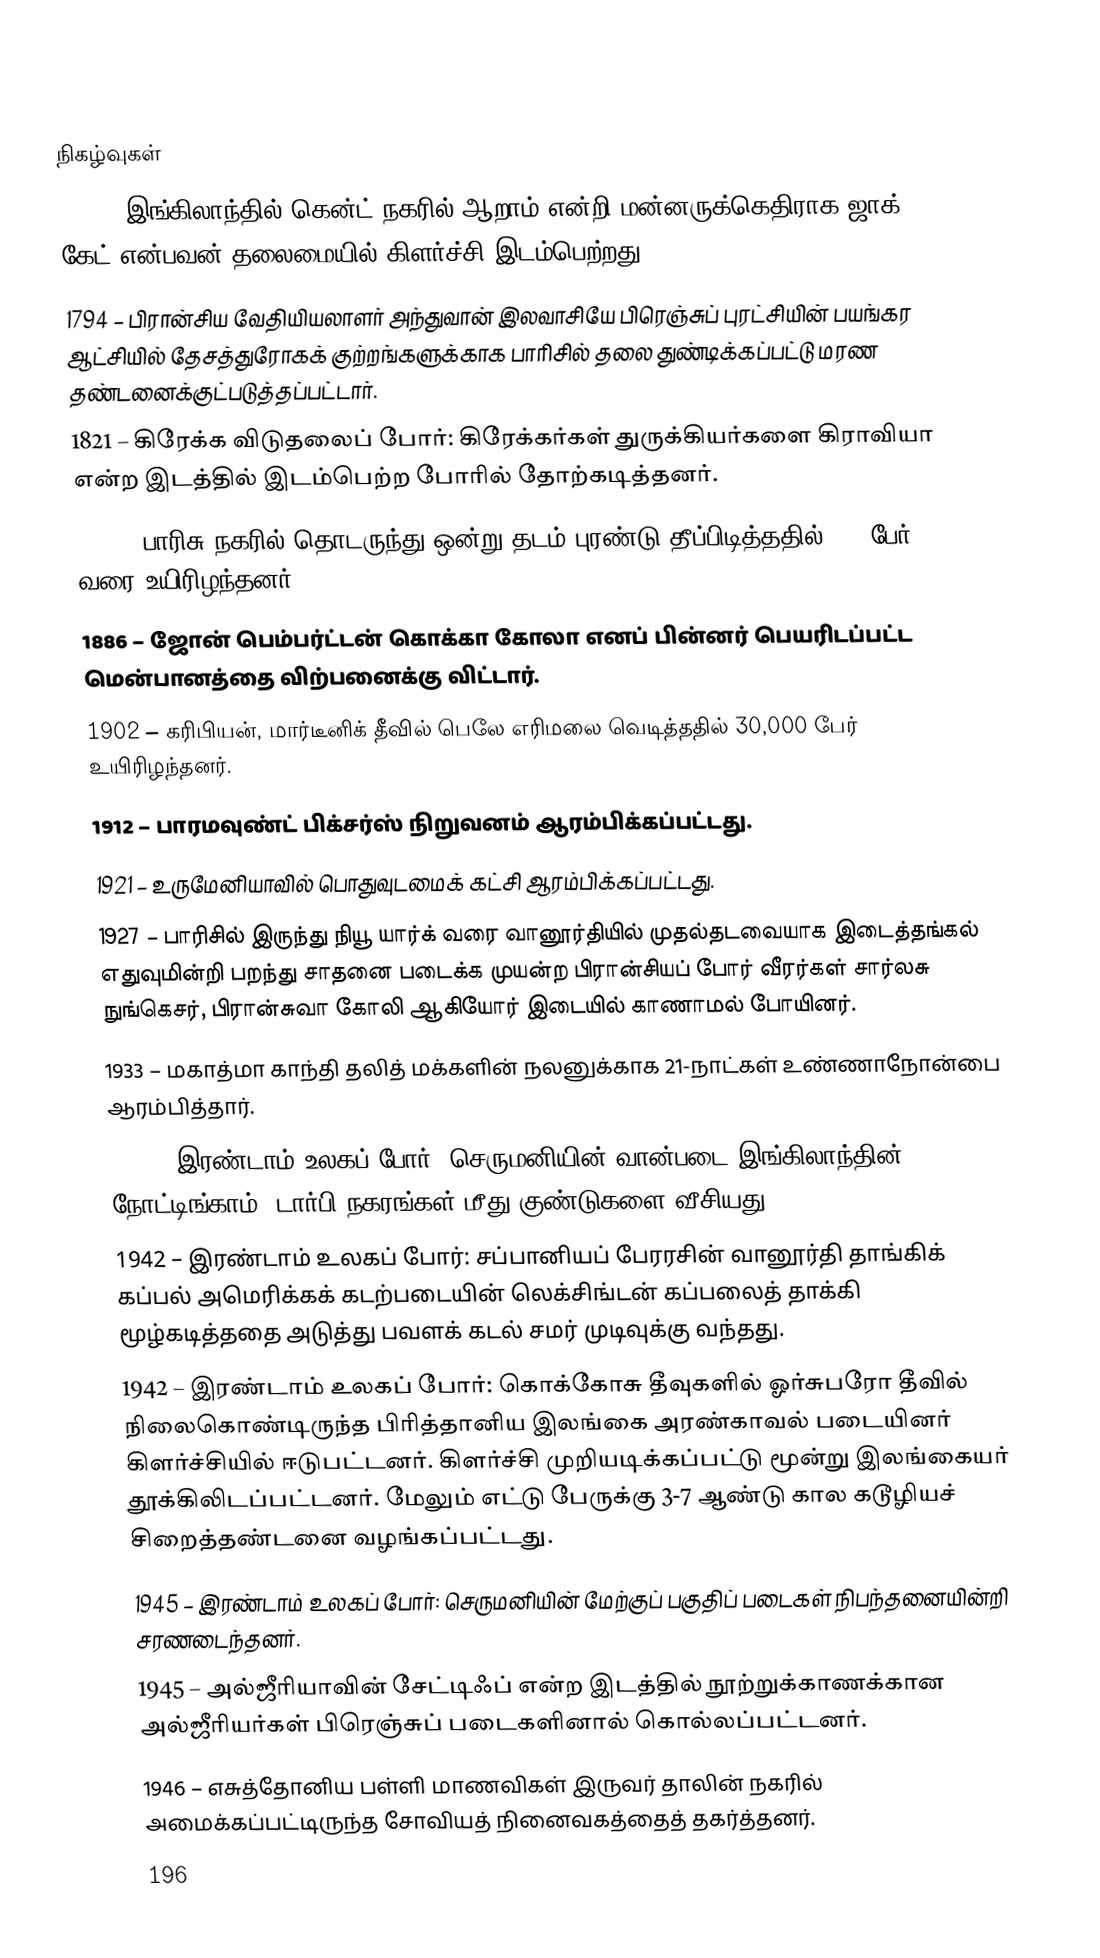

நிகழ்வுகள்
1450 – இங்கிலாந்தில் கென்ட் நகரில் ஆறாம் என்றி மன்னருக்கெதிராக ஜாக் கேட் என்பவன் தலைமையில் கிளர்ச்சி இடம்பெற்றது.
1794 – பிரான்சிய வேதியியலாளர் அந்துவான் இலவாசியே பிரெஞ்சுப் புரட்சியின் பயங்கர ஆட்சியில் தேசத்துரோகக் குற்றங்களுக்காக பாரிசில் தலை துண்டிக்கப்பட்டு மரண தண்டனைக்குட்படுத்தப்பட்டார்.
1821 – கிரேக்க விடுதலைப் போர்: கிரேக்கர்கள் துருக்கியர்களை கிராவியா என்ற இடத்தில் இடம்பெற்ற போரில் தோற்கடித்தனர்.
1842 – பாரிசு நகரில் தொடருந்து ஒன்று தடம் புரண்டு தீப்பிடித்ததில் 200 பேர் வரை உயிரிழந்தனர்.
1886 – ஜோன் பெம்பர்ட்டன் கொக்கா கோலா எனப் பின்னர் பெயரிடப்பட்ட மென்பானத்தை விற்பனைக்கு விட்டார்.
1902 – கரிபியன், மார்டீனிக் தீவில் பெலே எரிமலை வெடித்ததில் 30,000 பேர் உயிரிழந்தனர்.
1912 – பாரமவுண்ட் பிக்சர்ஸ் நிறுவனம் ஆரம்பிக்கப்பட்டது.
1921 – உருமேனியாவில் பொதுவுடமைக் கட்சி ஆரம்பிக்கப்பட்டது.
1927 – பாரிசில் இருந்து நியூ யார்க் வரை வானூர்தியில் முதல்தடவையாக இடைத்தங்கல் எதுவுமின்றி பறந்து சாதனை படைக்க முயன்ற பிரான்சியப் போர் வீரர்கள் சார்லசு நுங்கெசர், பிரான்சுவா கோலி ஆகியோர் இடையில் காணாமல் போயினர்.
1933 – மகாத்மா காந்தி தலித் மக்களின் நலனுக்காக 21-நாட்கள் உண்ணாநோன்பை ஆரம்பித்தார்.
1941 – இரண்டாம் உலகப் போர்: செருமனியின் வான்படை இங்கிலாந்தின் நோட்டிங்காம், டார்பி நகரங்கள் மீது குண்டுகளை வீசியது.
1942 – இரண்டாம் உலகப் போர்: சப்பானியப் பேரரசின் வானூர்தி தாங்கிக் கப்பல் அமெரிக்கக் கடற்படையின் லெக்சிங்டன் கப்பலைத் தாக்கி மூழ்கடித்ததை அடுத்து பவளக் கடல் சமர் முடிவுக்கு வந்தது.
1942 – இரண்டாம் உலகப் போர்:  கொக்கோசு தீவுகளில் ஓர்சுபரோ தீவில் நிலைகொண்டிருந்த பிரித்தானிய இலங்கை அரண்காவல் படையினர் கிளர்ச்சியில் ஈடுபட்டனர். கிளர்ச்சி முறியடிக்கப்பட்டு மூன்று இலங்கையர் தூக்கிலிடப்பட்டனர். மேலும் எட்டு பேருக்கு 3-7 ஆண்டு கால கடூழியச் சிறைத்தண்டனை வழங்கப்பட்டது.
1945 – இரண்டாம் உலகப் போர்: செருமனியின் மேற்குப் பகுதிப் படைகள் நிபந்தனையின்றி சரணடைந்தனர்.
1945 – அல்ஜீரியாவின் சேட்டிஃப் என்ற இடத்தில் நூற்றுக்காணக்கான அல்ஜீரியர்கள் பிரெஞ்சுப் படைகளினால் கொல்லப்பட்டனர்.
1946 – எசுத்தோனிய பள்ளி மாணவிகள் இருவர் தாலின் நகரில் அமைக்கப்பட்டிருந்த சோவியத் நினைவகத்தைத் தகர்த்தனர்.
196